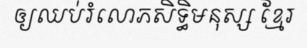
ឲ្យឈប់រំលោភសិទ្ធិមនុស្ស ខ្មែរ